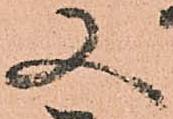
又